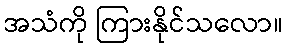
အသံကို ကြားနိုင်သလော။